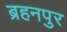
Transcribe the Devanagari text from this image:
ब्रहनपुर